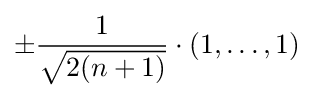
\pm {\frac {1}{\sqrt {2(n+1)}}}\cdot (1,\dots ,1)